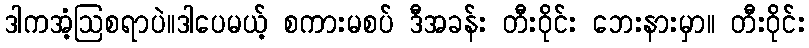
ဒါကအံ့ဩစရာပဲ။ဒါပေမယ့် စကားမစပ် ဒီအခန်း တီးဝိုင်း ဘေးနားမှာ။ တီးဝိုင်း